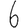
Digit: 6